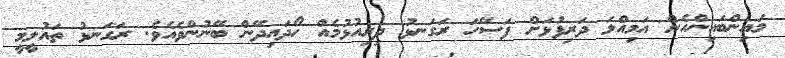
މައިންބައިންހެން އަމިއްލަ ދަރިފުޅަށް ފަސޭހަ ރަގަނޅު ދިރިއުޅުމެއް ހޯދައިދޭން ބޭނުންވެއެވެ. ރަގަނޅު ތައުލީމީ